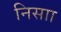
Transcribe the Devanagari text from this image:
निसाा